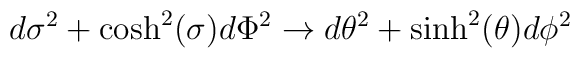
d\sigma^2 + \cosh^2(\sigma) d\Phi^2 \to d\theta^2 + \sinh^2(\theta) d\phi^2